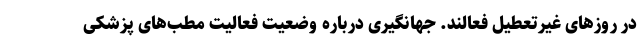
در روزهای غیرتعطیل فعالند. جهانگیری درباره وضعیت فعالیت‌ مطب‌های پزشکی